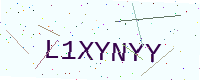
Text: L1XYNYY